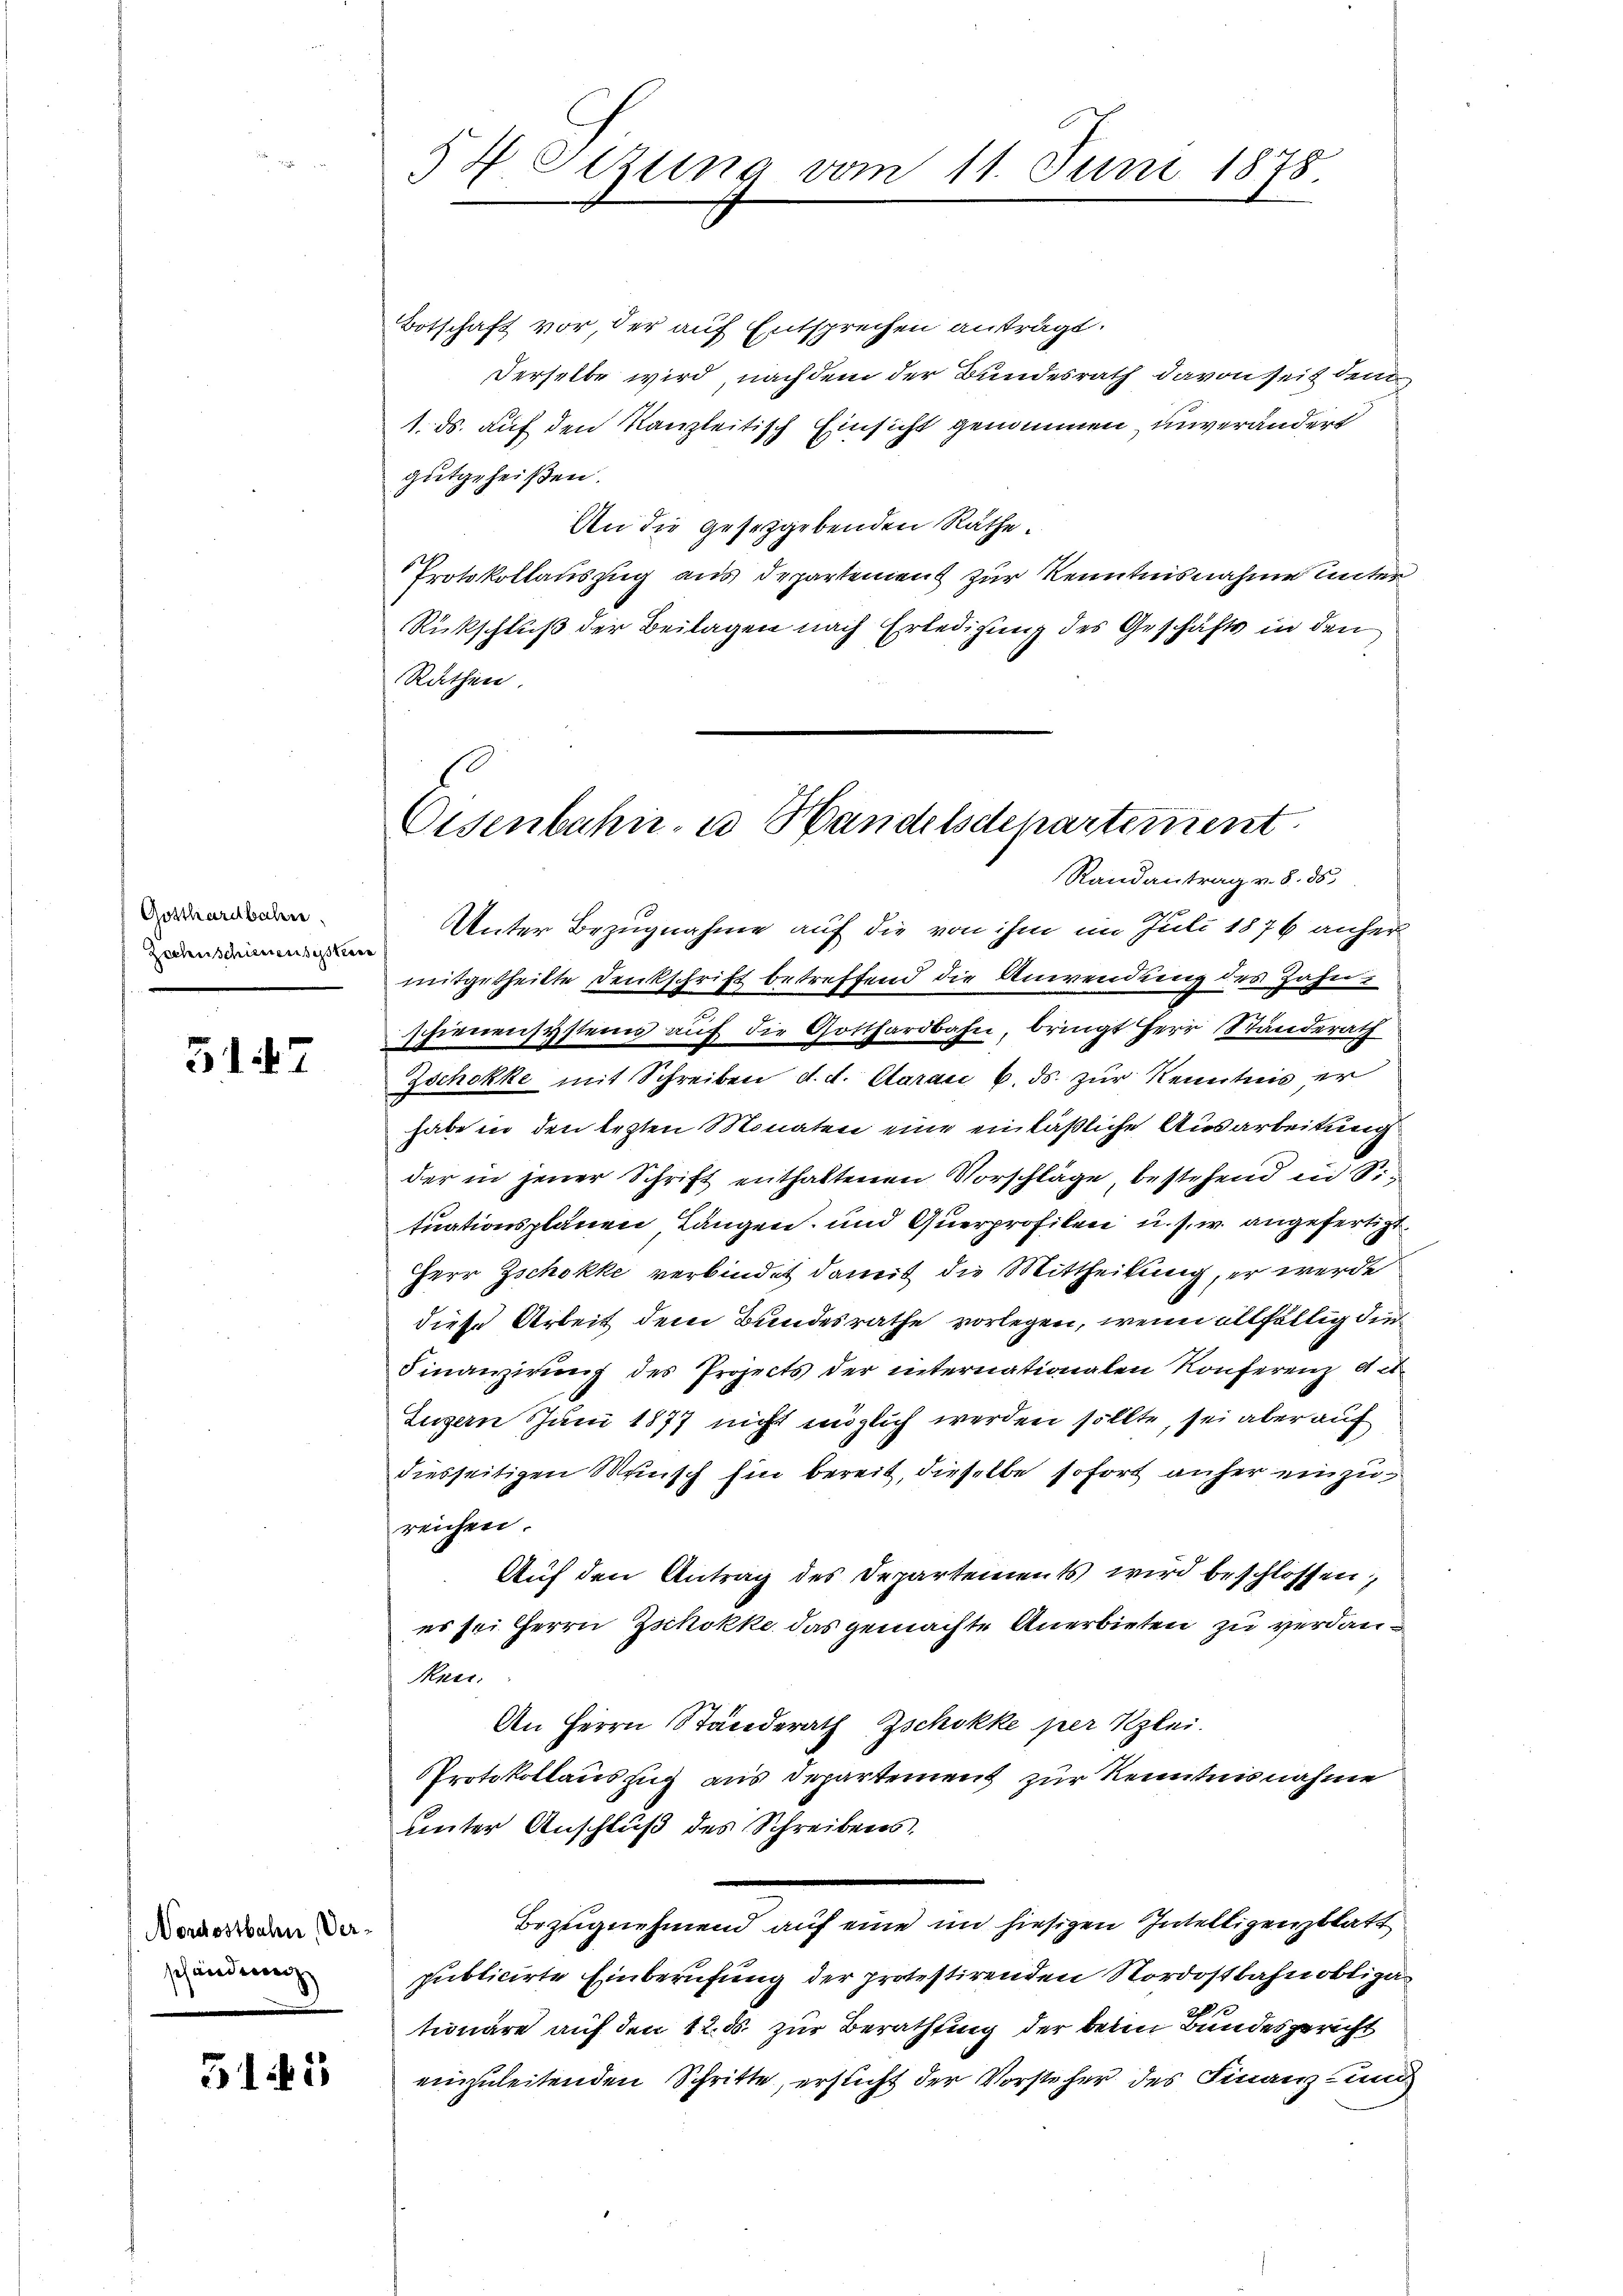
Gotthardbahn
Zochnschienensystere

5147

Botschaft vor der auf Entsprechen anträgt.
Derselbe wird nachdem der Bundesrath davon seit dem
1. ds. auf den Kanzleitisch Einsicht genommen, unverändert
gutgeheißen.
An die gesetzgebenden Räthe.
Protokollauszug aus Departement zur Kenntnisnahme unter
Rückschluß der Beilagen nach Erledigung des Geschäfts in den
Rathen.

Nordostbahn Verschänderen

511

5 H Sitzung

Unter Bezugnahme auf die von ihm im Juli 1876 anher
mitgetheilte Denkschrift betreffend die Anwendung des Zahn-
schienensystems auf die Gotthardbahn, bringt Herr Standerath
Zschokke mit Schreiben d. d. Carac 6. ds. zur Kenntnis er
habe in den lezten Monaten eine einläßliche Ausarbeitung
der in jener Schrift enthaltenen Vorschläge, bestehend in Si
tuationsplänen Längen, und Querprofilen u. s. w. angefertigt.
Herr Zschokke verbindet damit die Mittheilung, er werde
diese Arbeit dem Bundesrathe vorlegen, wenn allfällig die
Finanzierung des Projects der internationalen Konferenz mit
Luzern Juni 1877 nicht möglich werden sollte, sei aber auf
diesseitigen Mensch hin bereit, dieselbe sofort anher einzureichen.
Auf den Antrag des Departements wird beschlossen,
es sei Herrn Zschokke das gemachte Anerbieten zu verdan¬
Meer.
An Herrn Standerath Zschokke per Klei
Protokollauszug aus Departement zur Kenntnisnahme
unter Anschluß des Schreibens.
Bezugnehmend auf eine im hiesigen Intelligenzblatt
publicirte Einberufung der protestirenden Nordostbahnobligationäre auf den 12. ds. zur Berathung der dem Bundesgericht
einzuleitenden Schritte, ersticht der Vorsteher des Finanz und

vm 11. Juni 1878.

Eisenbahn- u. Handelsdepartement.
Randantrag v. 8. 85.